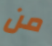
من